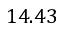
1 4 . 4 3